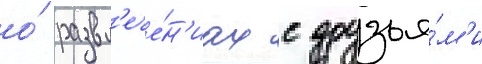
о́ развл'ече́н'иах с друзья́м'и